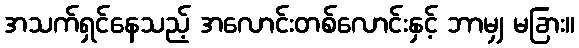
အသက်ရှင်နေသည့် အလောင်းတစ်လောင်းနှင့် ဘာမျှ မခြား။